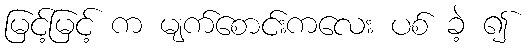
မြင့်မြင့် က မျက်စောင်းကလေး ပစ် ခဲ့ ၍